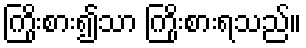
ကြိုးစား၍သာ ကြိုးစားရသည်။